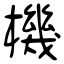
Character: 機